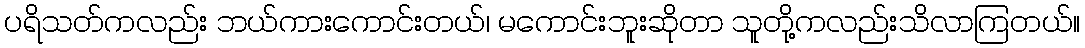
ပရိသတ်ကလည်း ဘယ်ကားကောင်းတယ်၊ မကောင်းဘူးဆိုတာ သူတို့ကလည်းသိလာကြတယ်။